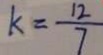
k = \frac { 1 2 } { 7 }